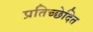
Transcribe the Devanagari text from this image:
प्रतिच्छेदित